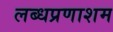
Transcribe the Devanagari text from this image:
लब्धप्रणाशम